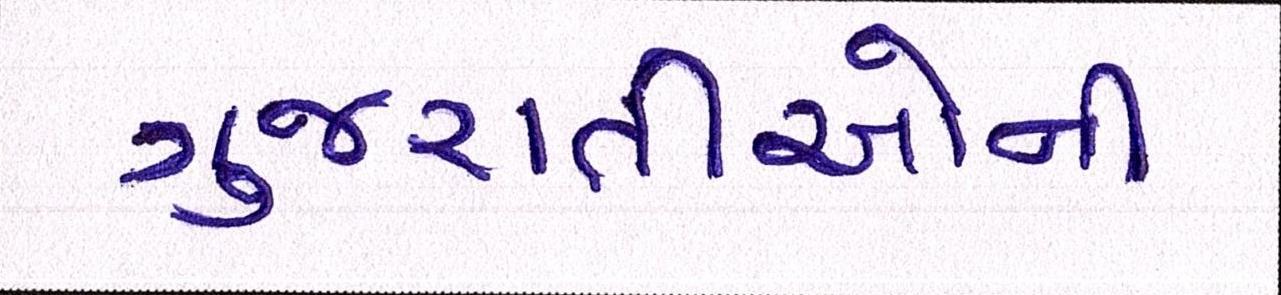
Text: ગુજરાતીઓની